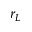
r _ { L }